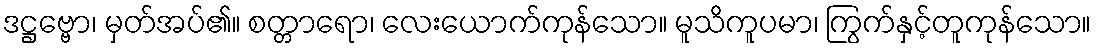
ဒဋ္ဌဗ္ဗော၊ မှတ်အပ်၏။ စတ္တာရော၊ လေးယောက်ကုန်သော။ မူသိကူပမာ၊ ကြွက်နှင့်တူကုန်သော။